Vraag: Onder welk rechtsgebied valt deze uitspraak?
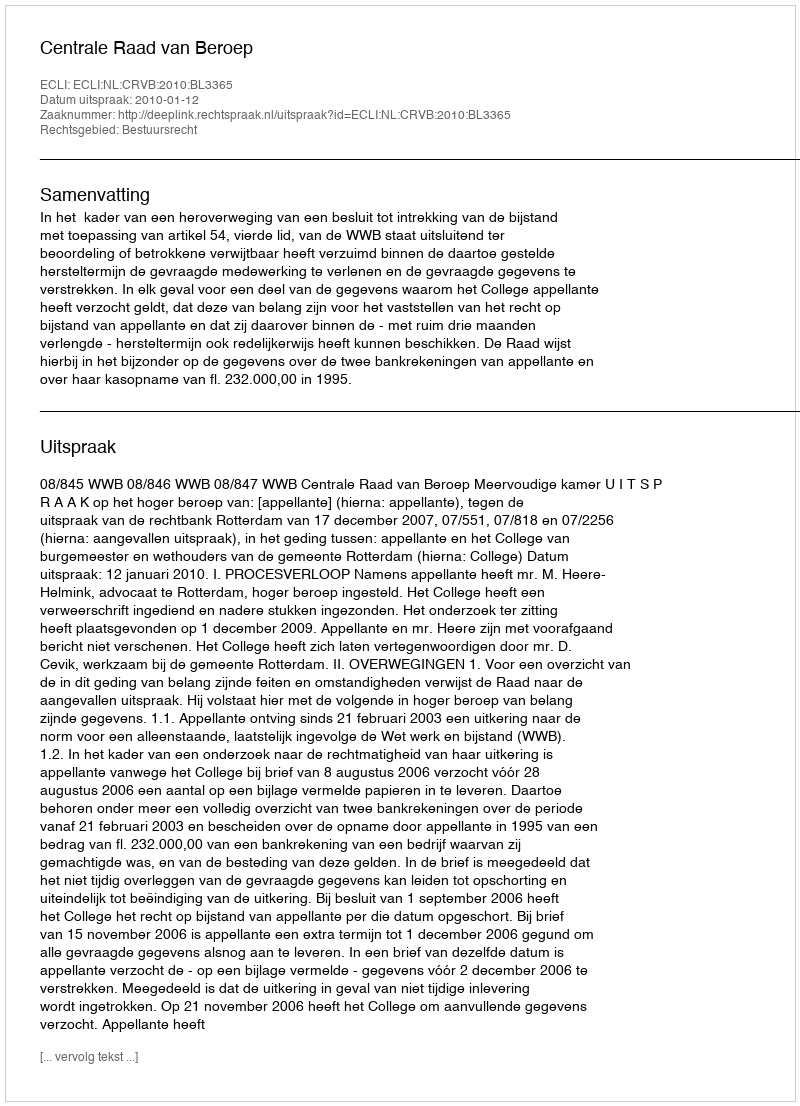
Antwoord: Bestuursrecht